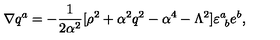
\nabla q ^ { a } = - { \frac { 1 } { 2 { \alpha } ^ { 2 } } } [ \rho ^ { 2 } + \alpha ^ { 2 } q ^ { 2 } - \alpha ^ { 4 } - \Lambda ^ { 2 } ] \varepsilon _ { \ b } ^ { a } e ^ { b } ,